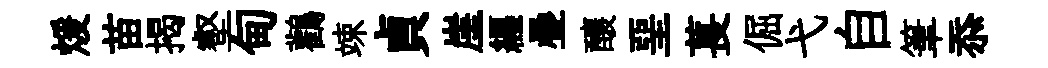
煖苗揭壑甸鸛竦貞崖纒疊釀堊萇倔弋自筆忝